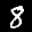
Label: 8